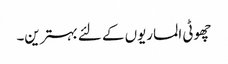
چھوٹی الماریوں کے لئے بہترین۔